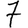
Digit: 7